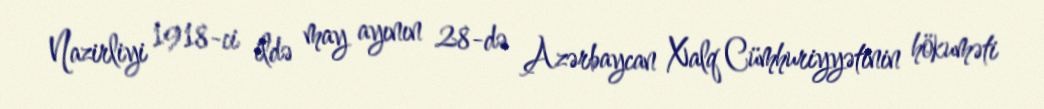
Nazirliyi 1918-ci ildə may ayının 28-də Azərbaycan Xalq Cümhuriyyətinin hökuməti